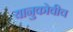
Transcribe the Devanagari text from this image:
यानुकोवीच